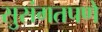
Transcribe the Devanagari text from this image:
सुसंगतपणे